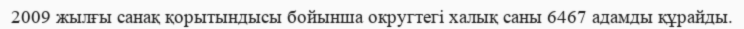
2009 жылғы санақ қорытындысы бойынша округтегі халық саны 6467 адамды құрайды.